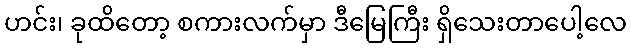
ဟင်း၊ ခုထိတော့ စကားလက်မှာ ဒီမြေကြီး ရှိသေးတာပေါ့လေ